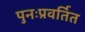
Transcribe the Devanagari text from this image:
पुनःप्रवर्तित